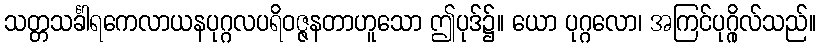
သတ္တသင်္ခါရကေလာယနပုဂ္ဂလပရိဝဇ္ဇနတာဟူသော ဤပုဒ်၌။ ယော ပုဂ္ဂလော၊ အကြင်ပုဂ္ဂိုလ်သည်။